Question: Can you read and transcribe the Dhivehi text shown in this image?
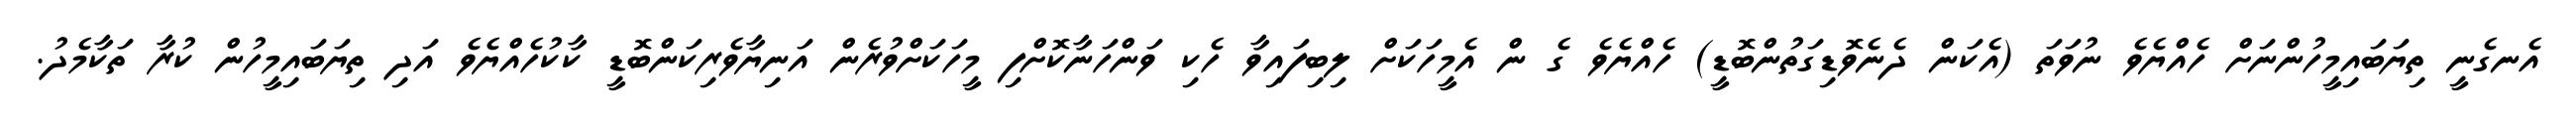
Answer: އެނގެނީ ތިޔަބައިމީހުންނަށް ހެއްޔެވެ ނުވަތަ (އެކަން ދެނެވޮޑިގަތުންބޮޑީ) ހެއްޔެވެ ގެ ން އެމީހަކަށް ލިބިފައިވާ ހެކި ވަންހަނާކޮށްފި މީހަކަށްވުރެން އަނިޔާވެރިކަންބޮޑީ ކާކުހެއްޔެވެ އަދި ތިޔަބައިމީހުން ކުރާ ތަކާމެދު.